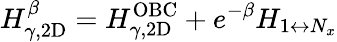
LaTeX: H_{\gamma,\mathrm{2D}}^{\beta}=H_{\gamma,\mathrm{2D}}^{\mathrm{OBC}}+e^{-\beta}H_{1\leftrightarrow N_{x}}